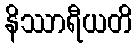
နိဿာရီယတိ